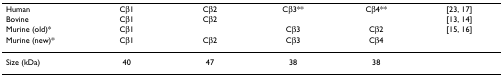
<table><thead><tr><td><b>Human</b></td><td><b>Cβ1</b></td><td><b>Cβ2</b></td><td><b>Cβ3**</b></td><td><b>Cβ4**</b></td><td><b>[23, 17]</b></td></tr><tr><td><b>Bovine</b></td><td><b>Cβ1</b></td><td><b>Cβ2</b></td><td></td><td></td><td><b>[13, 14]</b></td></tr><tr><td><b>Murine (old)*</b></td><td><b>Cβ1</b></td><td></td><td><b>Cβ3</b></td><td><b>Cβ2</b></td><td><b>[15, 16]</b></td></tr><tr><td><b>Murine (new)*</b></td><td><b>Cβ1</b></td><td><b>Cβ2</b></td><td><b>Cβ3</b></td><td><b>Cβ4</b></td><td></td></tr></thead><tbody><tr><td>Size (kDa)</td><td>40</td><td>47</td><td>38</td><td>38</td><td></td></tr></tbody></table>